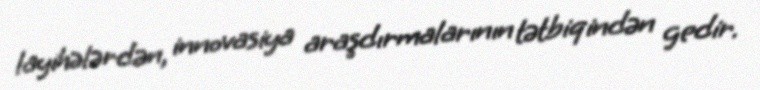
layihələrdən, innovasiya araşdırmalarının tətbiqindən gedir.